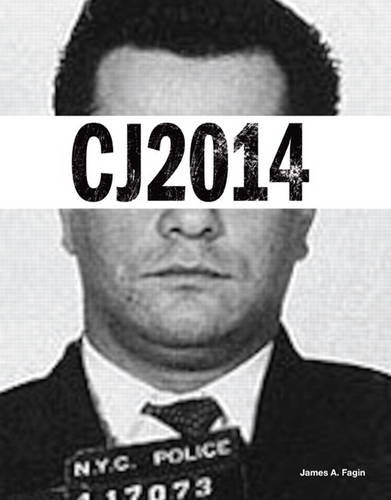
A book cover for CJ 2014 (The Justice); James A. Fagin; Law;